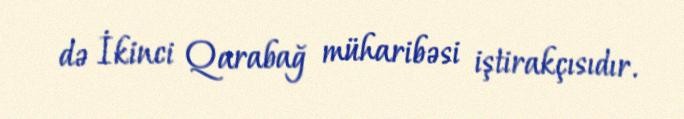
də İkinci Qarabağ müharibəsi iştirakçısıdır.